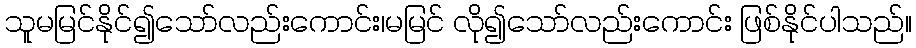
သူမမြင်နိုင်၍သော်လည်းကောင်း၊မမြင် လို၍သော်လည်းကောင်း ဖြစ်နိုင်ပါသည်။